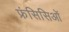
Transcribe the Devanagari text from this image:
फ्रंसिसिओं